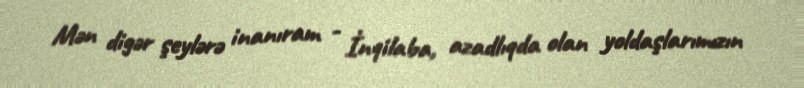
Mən digər şeylərə inanıram - İnqilaba, azadlıqda olan yoldaşlarımızın